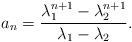
LaTeX: \begin{align*}a_n = \frac{\lambda_1^{n+1}-\lambda_2^{n+1}}{\lambda_1-\lambda_2}.\end{align*}